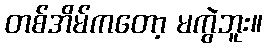
တစ်အိမ်ကတော့ မကွဲဘူး။